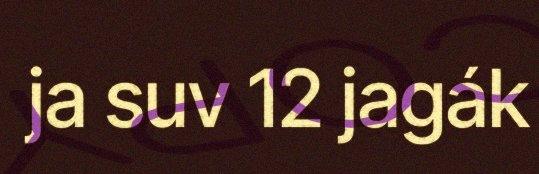
ja suv 12 jagák